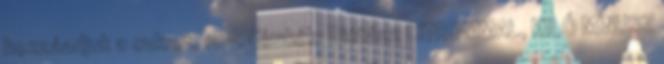
hozzáadjuk a cukrot, 10-. Címkék: Diétázz CITROMMAL, KILÓ MÍNUSZ